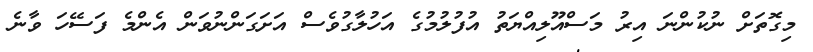
މިގޮތަށް ނުކުންނަ އިރު މަސްއޫލިއްޔަތު އުފުލުމުގެ އަހުލާގުވެސް އަށަގަންނުވަން އެންމެ ފަސޭހަ ވާނެ